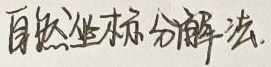
自然坐标分解法.